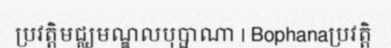
ប្រវត្តិមជ្ឈមណ្ឌលបុប្ផាណា | Bophanaប្រវត្តិ